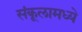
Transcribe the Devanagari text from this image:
संकूलामध्ये